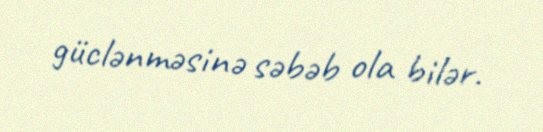
güclənməsinə səbəb ola bilər.